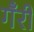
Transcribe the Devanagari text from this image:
गँरी